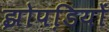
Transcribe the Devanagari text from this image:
झोपडि़यों